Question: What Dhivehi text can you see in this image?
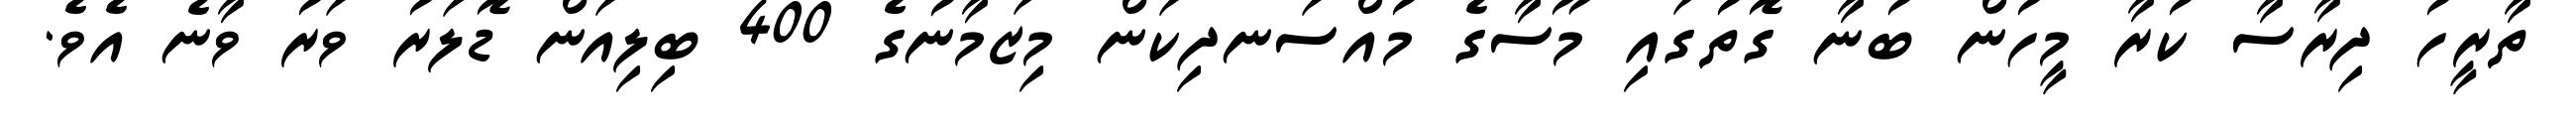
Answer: ތާރީހު ދިރާސާ ކުރާ މީހުން ބުނާ ގޮތުގައި މޫސާގެ މުއްސަނދިކަން މިޒަމާނުގެ 400 ބިލިއަން ޑޮލަރު ވަރު ވާނެ އެވެ.